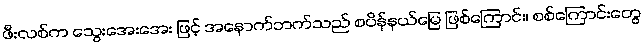
ဖီးလစ်က သွေးအေးအေး ဖြင့် အနောက်ဘက်သည် စပိန်နယ်မြေ ဖြစ်ကြောင်း၊ စစ်ကြောင်းတွေ